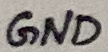
Text: GND